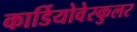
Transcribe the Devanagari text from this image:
कार्डियोवेस्कुलर